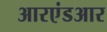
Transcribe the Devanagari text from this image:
आरएंडआर